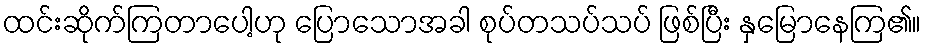
ထင်းဆိုက်ကြတာပေါ့ဟု ပြောသောအခါ စုပ်တသပ်သပ် ဖြစ်ပြီး နှမြောနေကြ၏။